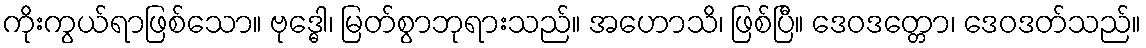
ကိုးကွယ်ရာဖြစ်သော။ ဗုဒ္ဓေါ၊ မြတ်စွာဘုရားသည်။ အဟောသိ၊ ဖြစ်ပြီ။ ဒေဝဒတ္တော၊ ဒေဝဒတ်သည်။